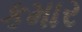
કમાર